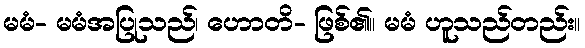
မမံ- မမံအပြုသည်၊ ဟောတိ- ဖြစ်၏။ မမံ ဟူသည်တည်း။